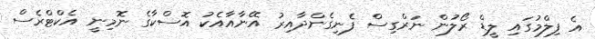
އެ ފިލްމުގައި ލީޑް ރޯލުން ނަރްގިސް ފެނިގެންދާއިރު އޭނާއާއެކު އޮސްކާގެ ނޮމިނީ އެކްޓްރެސް